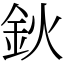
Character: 鈥